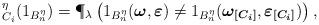
LaTeX: \begin{align*}_{{C}_i}^{\eta}(1_{B_n^{\eta}})= \P_\lambda \left(1_{B_n^{\eta}}(\boldsymbol{\omega},\boldsymbol{\varepsilon}) \neq 1_{B_n^{\eta}}(\boldsymbol{\omega_{[{C}_i]}},\boldsymbol{\varepsilon_{[{C}_i]}})\right),\end{align*}